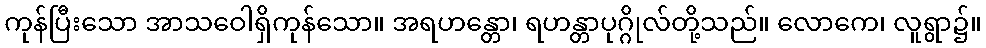
ကုန်ပြီးသော အာသဝေါရှိကုန်သော။ အရဟန္တော၊ ရဟန္တာပုဂ္ဂိုလ်တို့သည်။ လောကေ၊ လူရွာ၌။